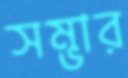
সম্ভার